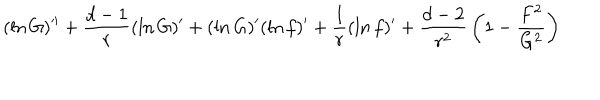
( \ln G ) ^ { \prime \prime } + { \frac { d - 1 } { r } } ( \ln G ) ^ { \prime } + ( \ln G ) ^ { \prime } ( \ln f ) ^ { \prime } + { \frac { 1 } { r } } ( \ln f ) ^ { \prime } + { \frac { d - 2 } { r ^ { 2 } } } \left( 1 - { \frac { F ^ { 2 } } { G ^ { 2 } } } \right)